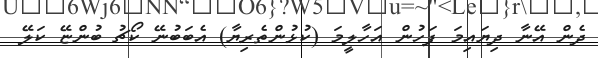
ދެން އޭނާ ދިޔައިމަ ފަހުން އަހާލީމަ (ކުޅުންތެރިޔާ) އެބަބުނޭ ކޯޗު ބުންޏޭ ކަލޭ